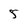
Character: 5